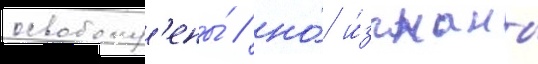
освобожд'ены́ / но́ и́згнаны